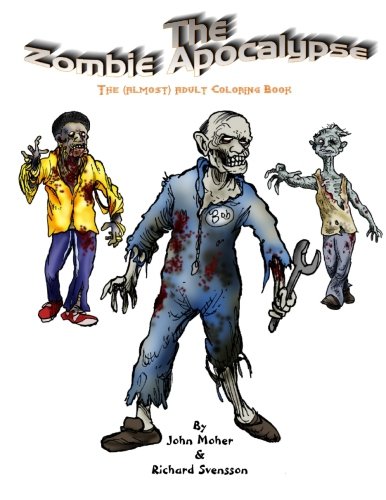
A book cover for The Zombie Apocalypse: The Almost Adult Coloring Book; John Moher; Comics & Graphic Novels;